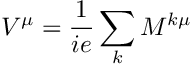
V ^ { \mu } = \frac { 1 } { i e } \sum _ { k } M ^ { k \mu }